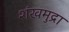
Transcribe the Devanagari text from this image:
शंखमुद्रा